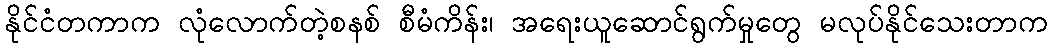
နိုင်ငံတကာက လုံလောက်တဲ့စနစ် စီမံကိန်း၊ အရေးယူဆောင်ရွက်မှုတွေ မလုပ်နိုင်သေးတာက